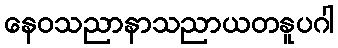
နေဝသညာနာသညာယတနူပဂါ